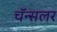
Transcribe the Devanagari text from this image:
चॅन्सलर